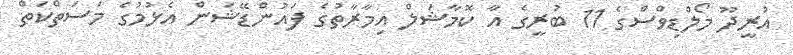
އުރީދޫ މޯލްޑިވްސްގެ 11 ބުރީގެ އާ ކޮމާޝަލް އިމާރާތުގެ ފައުންޑޭޝަން އެޅުމުގެ މަސަތްކަތް